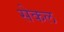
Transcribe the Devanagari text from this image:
सेकल